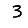
Digit: 3